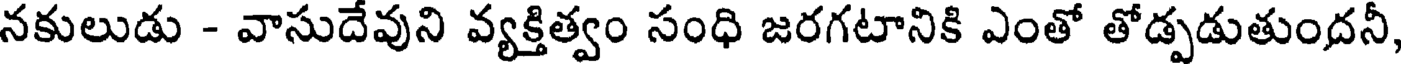
నకులుడు - వాసుదేవుని వ్యక్తిత్వం సంధి జరగటానికి ఎంతో తోడ్పడుతుందనీ